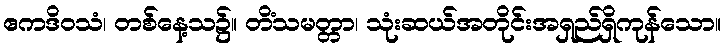
ဧကဒိဝသံ၊ တစ်နေ့သ၌။ တိံသမတ္တာ၊ သုံးဆယ်အတိုင်းအရှည်ရှိကုန်သော။